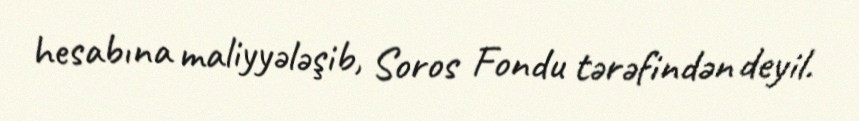
hesabına maliyyələşib, Soros Fondu tərəfindən deyil.